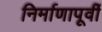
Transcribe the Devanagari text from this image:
निर्माणापूर्वी